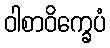
ဝါစာဝိက္ခေပံ